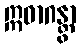
ဣဓာဂန္တွာ